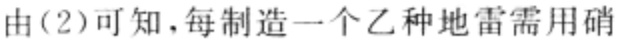
由(2)可知，每制造一个乙种地雷需用硝